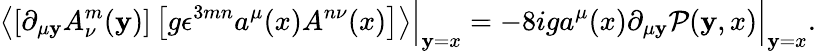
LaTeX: \left\langle\left[\partial_{\mu\mathbf{y}}A_{\nu}^{m}(\mathbf{y})\right]\left[g\epsilon^{3mn}a^{\mu}(x)A^{n\nu}(x)\right]\right\rangle\Bigr|_{\mathbf{y}=x}=-8iga^{\mu}(x)\partial_{\mu\mathbf{y}}\mathcal{P}(\mathbf{y},x)\Bigr|_{\mathbf{y}=x}.